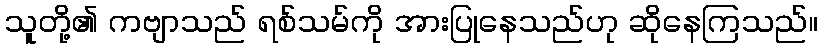
သူတို့၏ ကဗျာသည် ရစ်သမ်ကို အားပြုနေသည်ဟု ဆိုနေကြသည်။